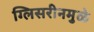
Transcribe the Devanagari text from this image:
ग्लिसरीनमुळे